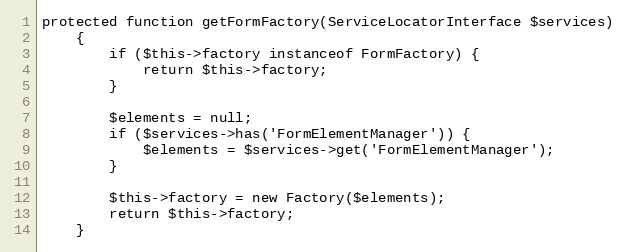
Language: PHP
protected function getFormFactory(ServiceLocatorInterface $services)
    {
        if ($this->factory instanceof FormFactory) {
            return $this->factory;
        }

        $elements = null;
        if ($services->has('FormElementManager')) {
            $elements = $services->get('FormElementManager');
        }

        $this->factory = new Factory($elements);
        return $this->factory;
    }